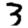
Digit: 3